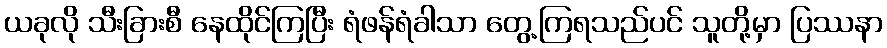
ယခုလို သီးခြားစီ နေထိုင်ကြပြီး ရံဖန်ရံခါသာ တွေ့ကြရသည်ပင် သူတို့မှာ ပြဿနာ